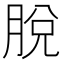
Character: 脫